Inquiry into the circumstances attending an outbreak of cholera in H. M.'s 18th Hussars at Secunderabad in the month of May
Year: 1871
Disease focus: Cholera
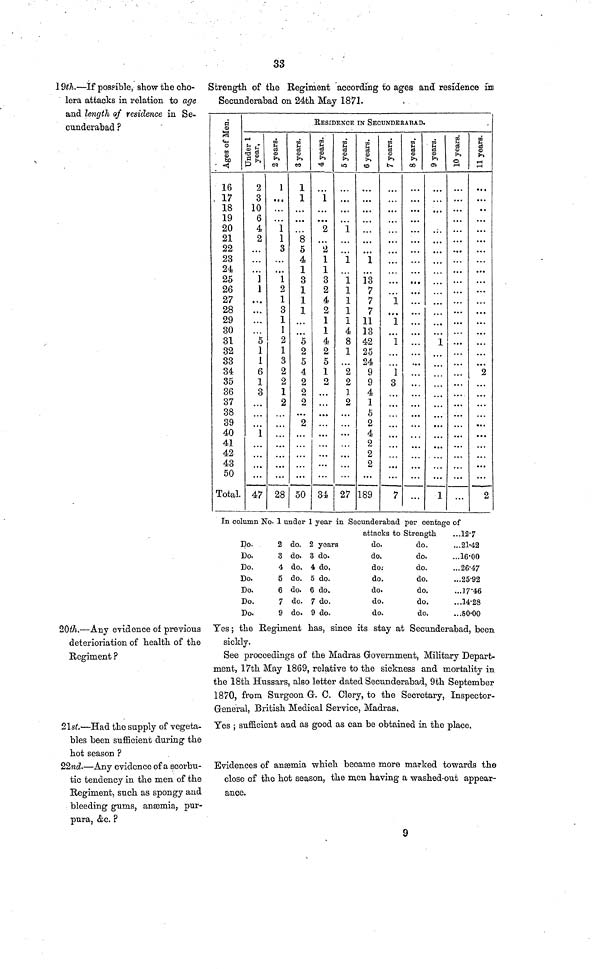
33
19th.—If poseible, show the cho-
lera attacks in relation to age
and length of residence in Se-
cunderabad ?
20th.—Any evidence of previous
deterioration of health of the
Regiment ?
2lst.—Had the supply of vegeta-
bles been sufficient during the
hot season ?
22nd.—Any evidence of a scorbu-
tic tendency in the men of the
Regiment, such as spongy and
bleeding gums, anaemia, pur-
pura, &c. ?
Strength of the Regiment according to ages and residence in
Secunderabad on 24th May 1871.
Ages of Men.
16
17
18
19
20
21
22
23
24
25
26
27
28
29
30
31
32
33
34
35
36
37
38
39
40
41
42
43
50
Total.
RESIDENCE IN SECUNDERABAD.
Under 1
year,
2
3
10
6
4
2
1
1
5
1
1
6
1
8
1
47
2 years.
1
1
1
8
1
a
1
8
1
1
2
1
3
2
2
1
2
28
3 years.
1
1
8
5
4
1
3
1
1
1
5
2
5
4
2
2
2
9,
50
4 years.
1
2
2
1
1
3
2
4
2
1
1
4
2
ft
1
2
34
5 years.
1
1
1
1
1
1
1
4
8
1
2
2
1
2
27
6 years.
1
13
7
7
7
11
13
42
25
24
9
9
4
1
ft
2
4
2
2
2
189
7 years.
1
1
1
1
3
7
8 years. 9 years.
1
1
10
years.
11 years.
2
2
In column No. 1 under 1 year in Secunderabad per centage of
attacks to Strength
Do.
Do.
Do.
Do.
Do.
Do.
Do.
2
3
4
5
6
7
9
do.
do.
do.
do.
do.
do.
do.
2
3
4
5
6
7
9
years
do.
do.
do.
do.
do.
do.
do.
do.
do.
do.
do.
do.
do.
do.
do.
do.
do.
do.
do.
do.
...12·7
...21·42
...16·00
...26·47
...25·92
...17·46
...14·28
...50·00
Yes; the Regiment has, since its stay at Secunderabad, been
sickly.
See proceedings of the Madras Government, Military Depart-
ment, 17th May 1869, relative to the sickness and mortality in
the 18th Hussars, also letter dated Secunderabad, 9th September
1870, from Surgeon G. C. Clery, to the Secretary, Inspector-
General, British Medical Service, Madras.
Yes ; sufficient and as good as can be obtained in the place.
Evidences of anaemia which became more marked towards the
close of the hot season, the men having a washed-out appear-
ance.
9